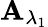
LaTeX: \mathbf{A}_{\lambda_{1}}